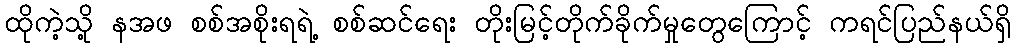
ထိုကဲ့သို့ နအဖ စစ်အစိုးရရဲ့ စစ်ဆင်ရေး တိုးမြင့်တိုက်ခိုက်မှုတွေကြောင့် ကရင်ပြည်နယ်ရှိ